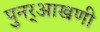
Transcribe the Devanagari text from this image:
पुनर्‌आखणी